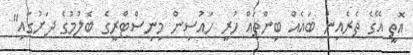
އޮތީ އޭގެ ތެރެއިން ބައެއް ބިންތައް ހުރީ ހައުސިން މިނިސްޓްރީގެ ބެލުމުގެ ދަށުގައި"